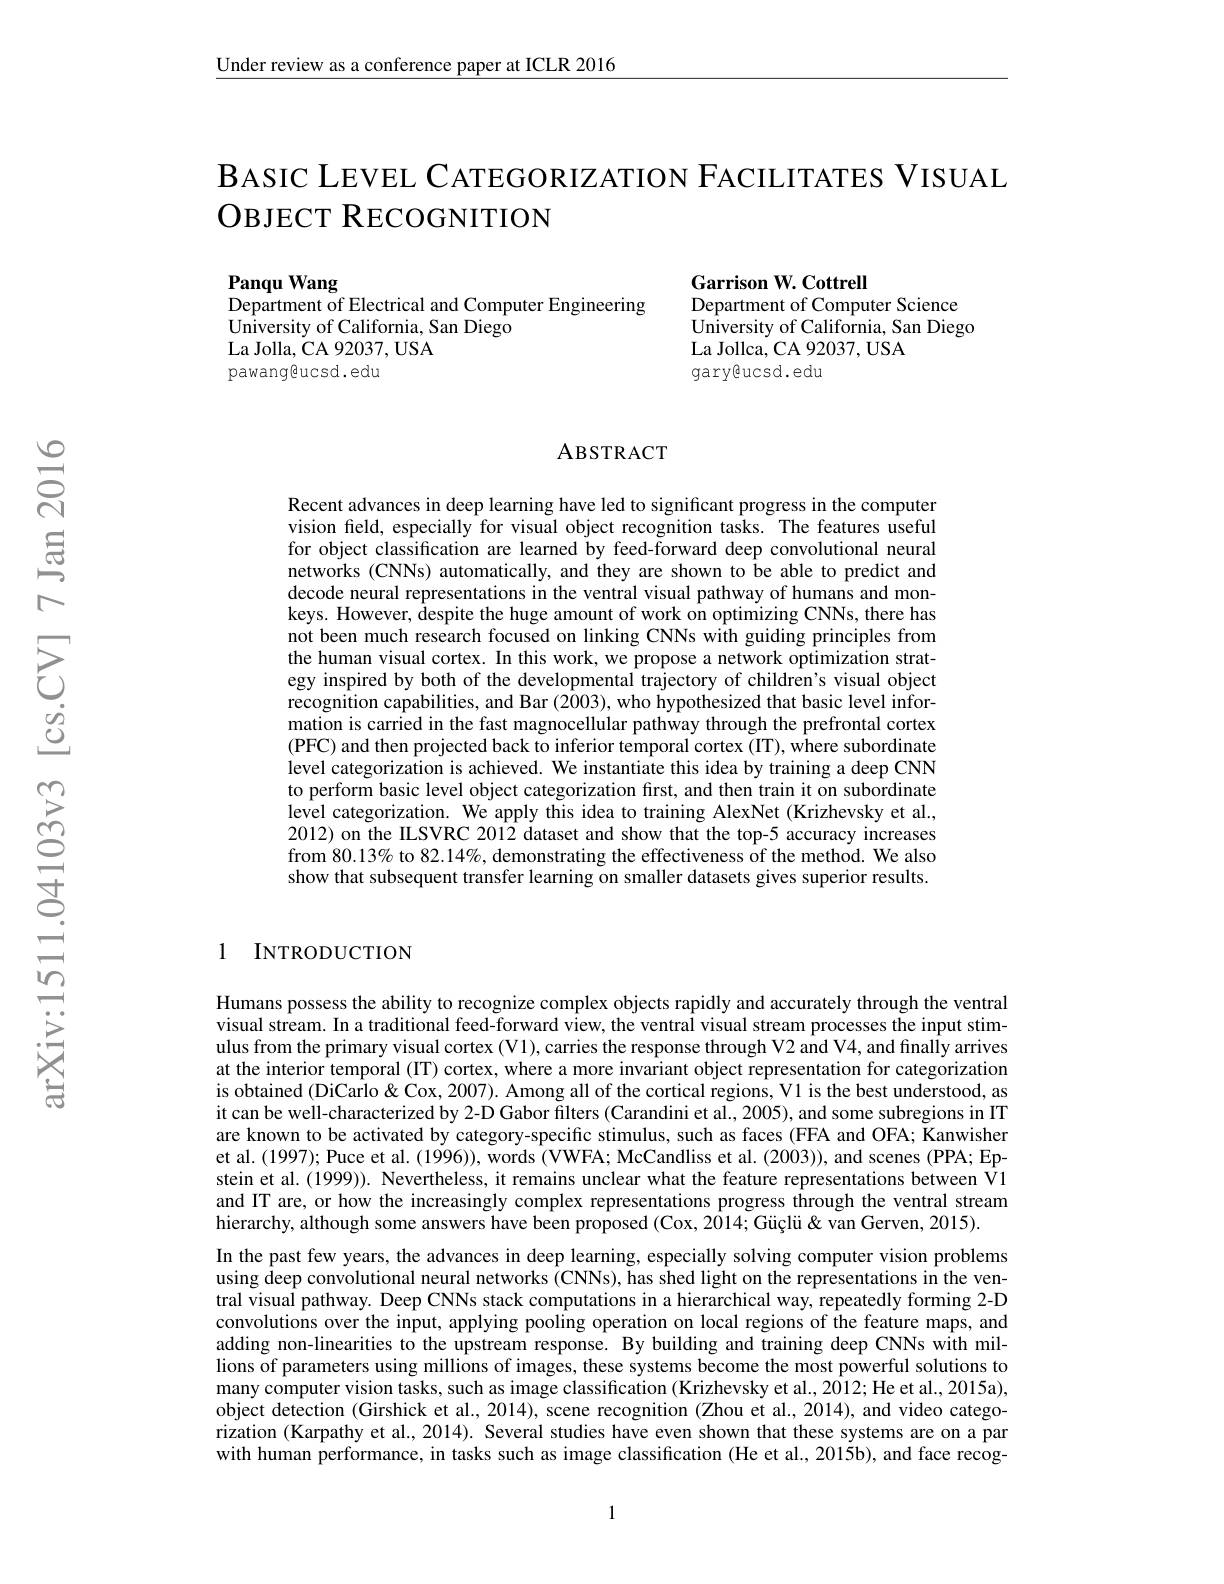
Under review as a conference paper at ICLR 2016

BASIC LEVEL CATEGORIZATION FACILITATES VISUAL
$\mathrm{OBJECT~R}_{\mathrm{ECOGNITION}}$

Panqu Wang
Department of Electrical and Computer Engineering

Garrison W. Cottrell
Department of Computer Science University of California, San Diego La Jollca, CA 92037, USA
gary@ucsd.edu

$\hat{\text{University of California, San Diego}}$
La Jolla, CA 92037, USA
pawang@ucsd.edu

# ABSTRACT

Recent advances in deep learning have led to significant progress in the computer vision feld, especially for visual object recognition tasks. The features useful for object classification are learned by feed-forward deep convolutional neural networks (CNNs) automatically, and they are shown to be able to predict and decode neural representations in the ventral visual pathway of humans and monkeys. However, despite the huge amount of work on optimizing CNNs, there has not been much research focused on linking CNNs with guiding principles from the human visual cortex. In this work, we propose a network optimization strategy inspired by both of the developmental trajectory of children's visual object recognition capabilities, and Bar $(2\hat{0}03)$, who hypothesized that basic level information is carried in the fast magnocellular pathway through the prefrontal cortex (PFC) and then projected back to inferior temporal cortex (IT), where subordinate level categorization is achieved. We instantiate this idea by training a deep CNN to perform basic level object categorization first, and then train it on subordinate $\hat{\text{level categorization. We apply this idea to training AlexNet (Krizhevsky et al.,}}$ 2012) on the ILSVRC 2012 dataset and show that the top-5 accuracy increases from 80.13% to 82.14%, demonstrating the effectiveness of the method. We also show that subsequent transfer learning on smaller datasets gives superior results.

1 INTRODUCTION

Humans possess the ability to recognize complex objects rapidly and accurately through the ventral visual stream. In a traditional feed-forward view, the ventral visual stream processes the input stimulus from the primary visual cortex (V1), carries the response through V2 and V4, and finally arrives at the interior temporal (IT) cortex, where a more invariant object representation for categorization is obtained (DiCarlo& Cox, 2007). Among all of the cortical regions, Vl is the best understood, as it can be well-characterized by 2-D Gabor filters (Carandini et al., 2005), and some subregions in IT are known to be activated by category-specific stimulus, such as faces (FFA and OFA; Kanwisher et al. (1997); Puce et al. (1996)), words (VWFA; McCandliss et al. (2003)), and scenes (PPA; Epstein et al.(1999)). Nevertheless, it remains unclear what the feature representations between V1 and IT are, or how the increasingly complex representations progress through the ventral stream hierarchy, although some answers have been proposed (Cox, 2014; Güçlü& van Gerven, 2015).
In the past few years, the advances in deep learning, especially solving computer vision problems using deep convolutional neural networks (CNNs), has shed light on the representations in the ventral visual pathway. Deep CNNs stack computations in a hierarchical way, repeatedly forming 2-D convolutions over the input, applying pooling operation on local regions of the feature maps, and adding non-linearities to the upstream response. By building and training deep CNNs with millions of parameters using millions of images, these systems become the most powerful solutions to many computer vision tasks, such as image classification (Krizhevsky et al., 2012; He et al., 2015a), object detection (Girshick et al., 2014), scene recognition (Zhou et al., 2014), and video categorization (Karpathy et al., 2014). Several studies have even shown that these systems are on a par with human performance, in tasks such as image classification (He et al., 2015b), and face recog-

1